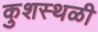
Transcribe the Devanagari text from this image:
कुशस्थळी